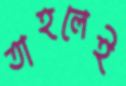
তাহলেই